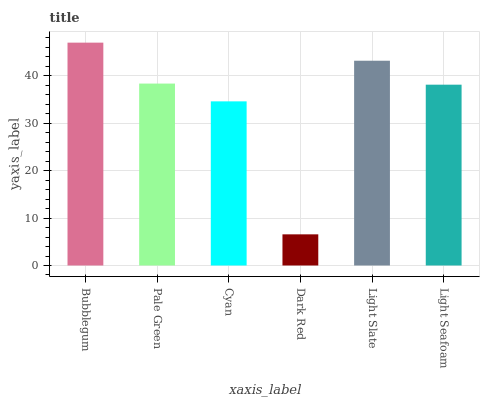
| xaxis_label | bars |
 | --- | --- |
 | Bubblegum | 47 |
 | Pale Green | 38.3 |
 | Cyan | 34.6 |
 | Dark Red | 6.57 |
 | Light Slate | 43.2 |
 | Light Seafoam | 38.1 |